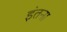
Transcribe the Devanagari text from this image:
इंतना